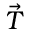
\vec { T }